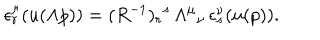
\epsilon _ { r } ^ { \mu } ( u ( \Lambda p ) ) = ( R ^ { - 1 } ) _ { r } { } ^ { s } \, \Lambda ^ { \mu } { } _ { \nu } \, \epsilon _ { s } ^ { \nu } ( u ( p ) ) .